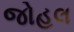
જોહલ